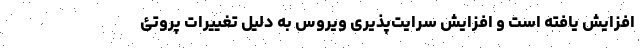
افزایش یافته است و افزایش سرایت‌پذیری ویروس به دلیل تغییرات پروتئ